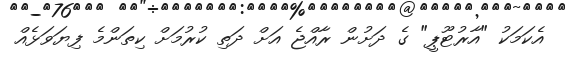
އެކަމަކު "އާރުޓޫޕީ" ގެ ދަށުން ރާއްޖެ އަށް ދަތި ކުރުމަށް ކިތަންމެ ފިޔަވަޅެއް